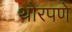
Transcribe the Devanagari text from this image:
थोरपणे